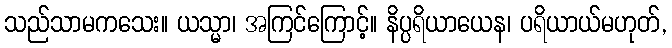
သည်သာမကသေး။ ယသ္မာ၊ အကြင်ကြောင့်။ နိပ္ပရိယာယေန၊ ပရိယာယ်မဟုတ်,